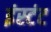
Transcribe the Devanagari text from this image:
इंस्टंट